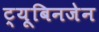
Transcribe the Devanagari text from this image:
ट्यूबिनजेन